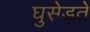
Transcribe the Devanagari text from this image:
घुसेड़ते